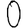
Digit: 0